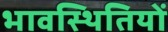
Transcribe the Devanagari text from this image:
भावस्थितियों